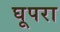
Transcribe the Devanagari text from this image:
घूपरा